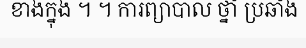
ខាងក្នុង ។ ។ ការព្យាបាល ថ្នាំ ប្រឆាំង